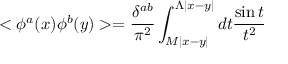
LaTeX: < \phi ^ { a } ( x ) \phi ^ { b } ( y ) > = \frac { \delta ^ { a b } } { \pi ^ { 2 } } \int _ { M | x - y | } ^ { \Lambda | x - y | } d t \frac { \sin t } { t ^ { 2 } }